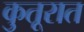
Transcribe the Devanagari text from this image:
कुतूरात